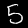
Label: 5